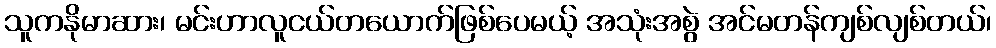
သူကနိုမာဆား၊ မင်းဟာလူငယ်တယောက်ဖြစ်ပေမယ့် အသုံးအစွဲ အင်မတန်ကျစ်လျစ်တယ်၊